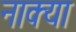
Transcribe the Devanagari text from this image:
नाक्या